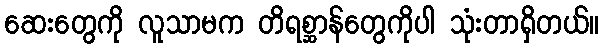
ဆေးတွေကို လူသာမက တိရစ္ဆာန်တွေကိုပါ သုံးတာရှိတယ်။